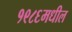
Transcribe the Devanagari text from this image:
१९८६मधील